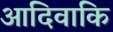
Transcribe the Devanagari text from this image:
आदिवाकि